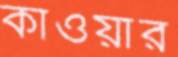
কাওয়ার